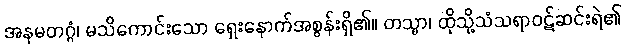
အနမတဂ္ဂံ၊ မသိကောင်းသော ရှေးနောက်အစွန်းရှိ၏။ တသ္မာ၊ ထိုသို့သံသရာဝဋ်ဆင်းရဲ၏